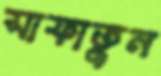
সাফাতুন